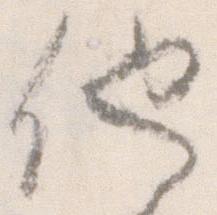
他